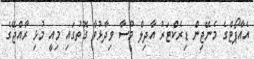
އެއާޕޯޓްގެ މެނޭޖިން ޑިރެކްޓަރު އާދިލް މޫސާ ވިދާޅުވާ ގޮތުގައި މިއީ މުޅި ރާއްޖޭގެ